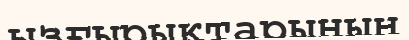
ызғырықтарының